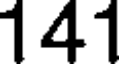
141